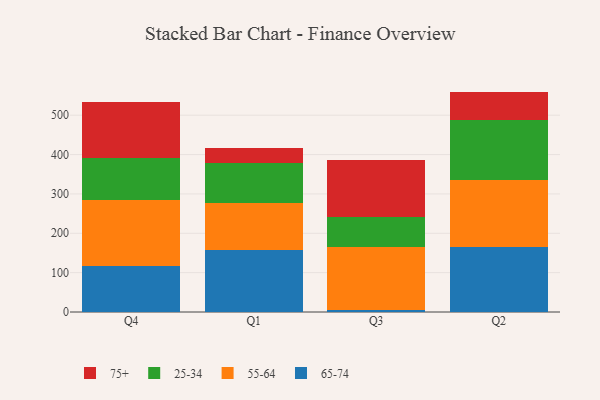
{"axis": {"x": "Quarter", "y": "Production Output"}, "legend": ["25-34", "55-64", "65-74", "75+"], "data": [{"x": "Q4", "y": 116.4, "type": "65-74"}, {"x": "Q4", "y": 168.8, "type": "55-64"}, {"x": "Q4", "y": 105.4, "type": "25-34"}, {"x": "Q4", "y": 142.2, "type": "75+"}, {"x": "Q1", "y": 157.8, "type": "65-74"}, {"x": "Q1", "y": 119.4, "type": "55-64"}, {"x": "Q1", "y": 101.5, "type": "25-34"}, {"x": "Q1", "y": 38.6, "type": "75+"}, {"x": "Q3", "y": 5.3, "type": "65-74"}, {"x": "Q3", "y": 160.4, "type": "55-64"}, {"x": "Q3", "y": 75.2, "type": "25-34"}, {"x": "Q3", "y": 145.9, "type": "75+"}, {"x": "Q2", "y": 164.1, "type": "65-74"}, {"x": "Q2", "y": 171.3, "type": "55-64"}, {"x": "Q2", "y": 153.2, "type": "25-34"}, {"x": "Q2", "y": 71.4, "type": "75+"}]}